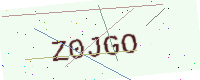
Text: Z0JGO